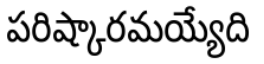
పరిష్కారమయ్యేది